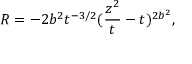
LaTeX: { \cal R } = - 2 b ^ { 2 } t ^ { - 3 / 2 } ( \frac { z ^ { 2 } } { t } - t ) ^ { 2 b ^ { 2 } } ,